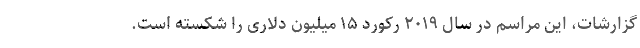
گزارشات، این مراسم در سال ۲۰۱۹ رکورد ۱۵ میلیون دلاری را شکسته است.